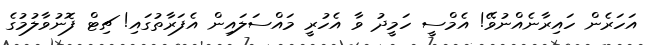
އަހަރެން ހައިރާނެއްނުވޭ! އެމްސީ ހަމީދު ވާ އެހުރީ މައްސަލައިން އެފަރާތުގައި! ޗިޓް ފޮނުވާލުމުގެ